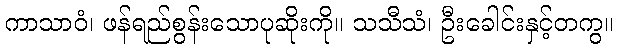
ကာသာဝံ၊ ဖန်ရည်စွန်းသောပုဆိုးကို။ သသီသံ၊ ဦးခေါင်းနှင့်တကွ။